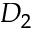
D _ { 2 }